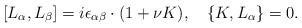
\begin{align*}[L_\alpha,L_\beta]=i\epsilon_{\alpha\beta}\cdot(1+\nu K),\quad\{K,L_\alpha\}=0.\end{align*}